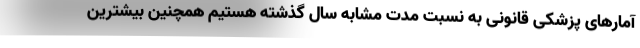
آمارهای پزشکی قانونی به نسبت مدت مشابه سال گذشته هستیم همچنین بیشترین